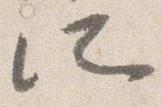
所